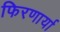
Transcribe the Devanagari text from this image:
फिरणार्या